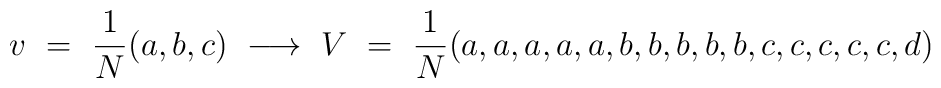
v\ =\ {1\over N}(a,b,c)\ \longrightarrow  \ V\ =\ {1\over N}      (a,a,a,a,a,b,b,b,b,b,c,c,c,c,c,d)